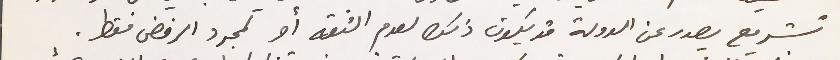
تشريع يصدر عن الدولة قد يكون ذلك لعدم الثقه او لمجرد الرفض فقط.